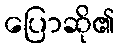
ပြောဆို၏